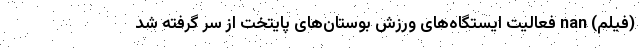
(فیلم) nan فعالیت ایستگاه‌های ورزش بوستان‌های پایتخت از سر گرفته شد